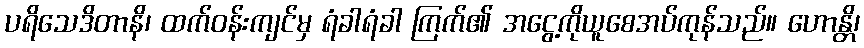
ပရိသေဒိတာနိ၊ ထက်ဝန်းကျင်မှ ရံခါရံခါ ကြက်၏ အငွေ့ကိုယူစေအပ်ကုန်သည်။ ဟောန္တိ၊